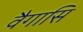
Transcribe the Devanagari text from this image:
वैगासि